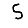
Digit: 5